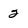
Character: 2